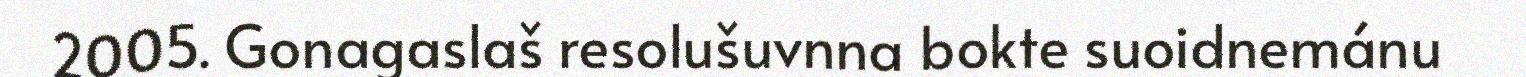
2005. Gonagaslaš resolušuvnna bokte suoidnemánu